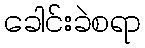
ခေါင်းခဲစရာ